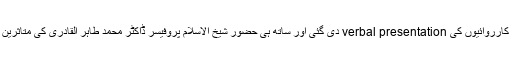
سیلاب کی تباہ کا ریوں کے جائزہ کے بعد انہوں نے منہاج ویلفیئر فاؤنڈیشن کی امدادی کارروائیوں کی verbal presentation دی گئی اور ساتھ ہی حضور شیخ الاسلام پروفیسر ڈاکٹر محمد طاہر القادری کی متاثرین سیلاب کی مدد کے حوالے سے دی جانے والی ہدایات پر مشتمل CD بھی دکھائی گئی۔